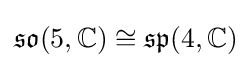
{\mathfrak {so}}(5,\mathbb {C} )\cong {\mathfrak {sp}}(4,\mathbb {C} )